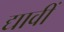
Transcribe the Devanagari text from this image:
द्यावीं